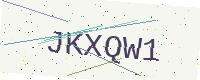
Text: JKXQW1